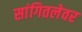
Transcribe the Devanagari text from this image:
सांगितलेवर